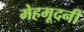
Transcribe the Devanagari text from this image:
मेहमूदनी